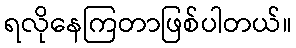
ရလိုနေကြတာဖြစ်ပါတယ်။